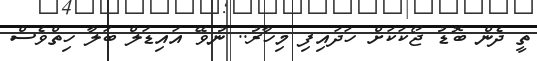
ތީ ދެން ބޮޑު ޖޯކަކަށް ހަދައިފި މިހާރު.. ނުވޭ އައިޑަލް ބަލާ ހިތްވެސް